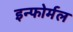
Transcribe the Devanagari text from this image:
इन्फोर्मल